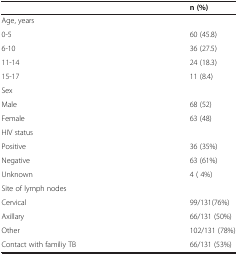
<table><thead><tr><td>[EMPTY_CELL]</td><td><b>n (%)</b></td></tr></thead><tbody><tr><td>Age, years</td><td>[EMPTY_CELL]</td></tr><tr><td>0-5</td><td>60 (45.8)</td></tr><tr><td>6-10</td><td>36 (27.5)</td></tr><tr><td>11-14</td><td>24 (18.3)</td></tr><tr><td>15-17</td><td>11 (8.4)</td></tr><tr><td>Sex</td><td>[EMPTY_CELL]</td></tr><tr><td>Male</td><td>68 (52)</td></tr><tr><td>Female</td><td>63 (48)</td></tr><tr><td>HIV status</td><td>[EMPTY_CELL]</td></tr><tr><td>Positive</td><td>36 (35%)</td></tr><tr><td>Negative</td><td>63 (61%)</td></tr><tr><td>Unknown</td><td>4 ( 4%)</td></tr><tr><td>Site of lymph nodes</td><td>[EMPTY_CELL]</td></tr><tr><td>Cervical</td><td>99/131(76%)</td></tr><tr><td>Axillary</td><td>66/131 (50%)</td></tr><tr><td>Other</td><td>102/131 (78%)</td></tr><tr><td>Contact with familiy TB</td><td>66/131 (53%)</td></tr></tbody></table>